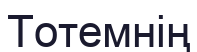
Тотемнің